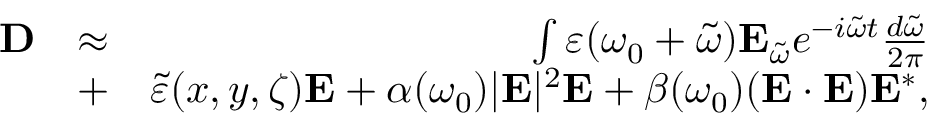
\begin{array} { r l r } { { \bf D } } & { \approx } & { \int \varepsilon ( \omega _ { 0 } + \tilde { \omega } ) { \bf E } _ { \tilde { \omega } } e ^ { - i \tilde { \omega } t } \frac { d \tilde { \omega } } { 2 \pi } } \\ & { + } & { \tilde { \varepsilon } ( x , y , \zeta ) { \bf E } + \alpha ( \omega _ { 0 } ) | { \bf E } | ^ { 2 } { \bf E } + \beta ( \omega _ { 0 } ) ( { \bf E } \cdot { \bf E } ) { \bf E } ^ { * } , } \end{array}